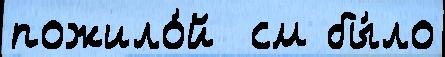
пожило́й  см бы́ло